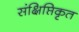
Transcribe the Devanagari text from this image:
संक्षिप्तिकृत